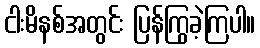
ငါးမိနစ်အတွင်း ပြန်ကြွခဲ့ကြပါ။